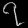
Digit: ၇